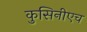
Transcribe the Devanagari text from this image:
कुसिनीएच